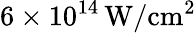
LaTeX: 6\times 10^{14}\, \mathrm{W/cm^{2}}